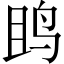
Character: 𱉘